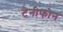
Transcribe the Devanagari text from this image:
टेनीफोन